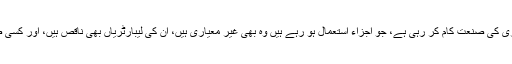
’’ملک بھر میں چھوٹے چھوٹے گاؤں، محلوں میں دوا سازی کی صنعت کام کر رہی ہے، جو اجزاء استعمال ہو رہے ہیں وہ بھی غیر معیاری ہیں، ان کی لیبارٹریاں بھی ناقص ہیں، اور کسی صوبے کے پاس ادویات کے تجزیوں کی سہولت نہیں ہے۔